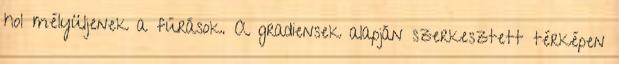
hol mélyüljenek a fúrások. A gradiensek alapján szerkesztett térképen